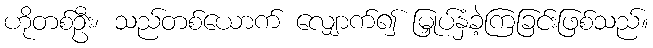
ဟိုတစ်ဦး၊ သည်တစ်ယောက် လျှောက်၍ မြှုပ်နှံခဲ့ကြခြင်းဖြစ်သည်။